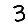
Digit: 3